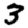
Digit: 3